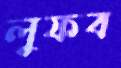
লুফব